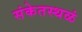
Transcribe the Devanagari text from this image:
संकेतस्थळं